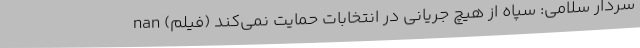
سردار سلامی: سپاه از هیچ جریانی در انتخابات حمایت نمی‌کند (فیلم) nan